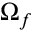
\Omega _ { f }